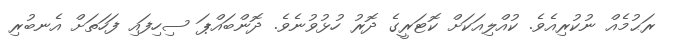
ރަޙުމެއް ނުކުރިއެވެ. ކުއްލިއަކަށް ކޮޓަރީގެ ދޮރު ހުޅުވުނެވެ. ދޮންބައްޕަ ސިހިފައި ފަހަތަށް އެނބުރި